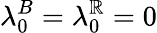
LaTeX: \lambda_{0}^{B}=\lambda_{0}^{\mathbb{R}}=0